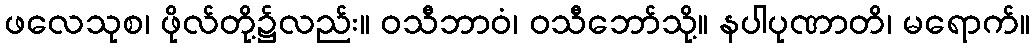
ဖလေသုစ၊ ဖိုလ်တို့၌လည်း။ ဝသီဘာဝံ၊ ဝသီဘော်သို့။ နပါပုဏာတိ၊ မရောက်။